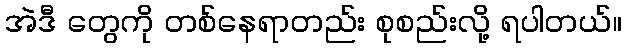
အဲဒီ တွေကို တစ်နေရာတည်း စုစည်းလို့ ရပါတယ်။